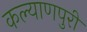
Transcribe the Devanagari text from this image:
कल्याणपुरी